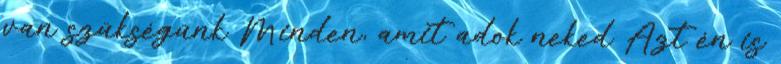
van szükségünk Minden, amit adok neked Azt én is